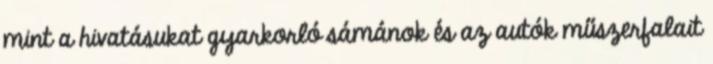
mint a hivatásukat gyarkorló sámánok és az autók műszerfalait